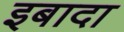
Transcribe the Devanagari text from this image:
इबादा